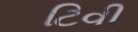
ટિવી